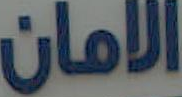
الامان